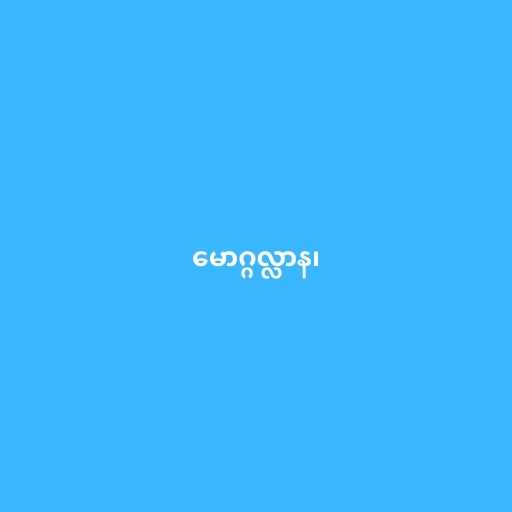
မောဂ္ဂလ္လာန၊